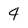
Character: 4